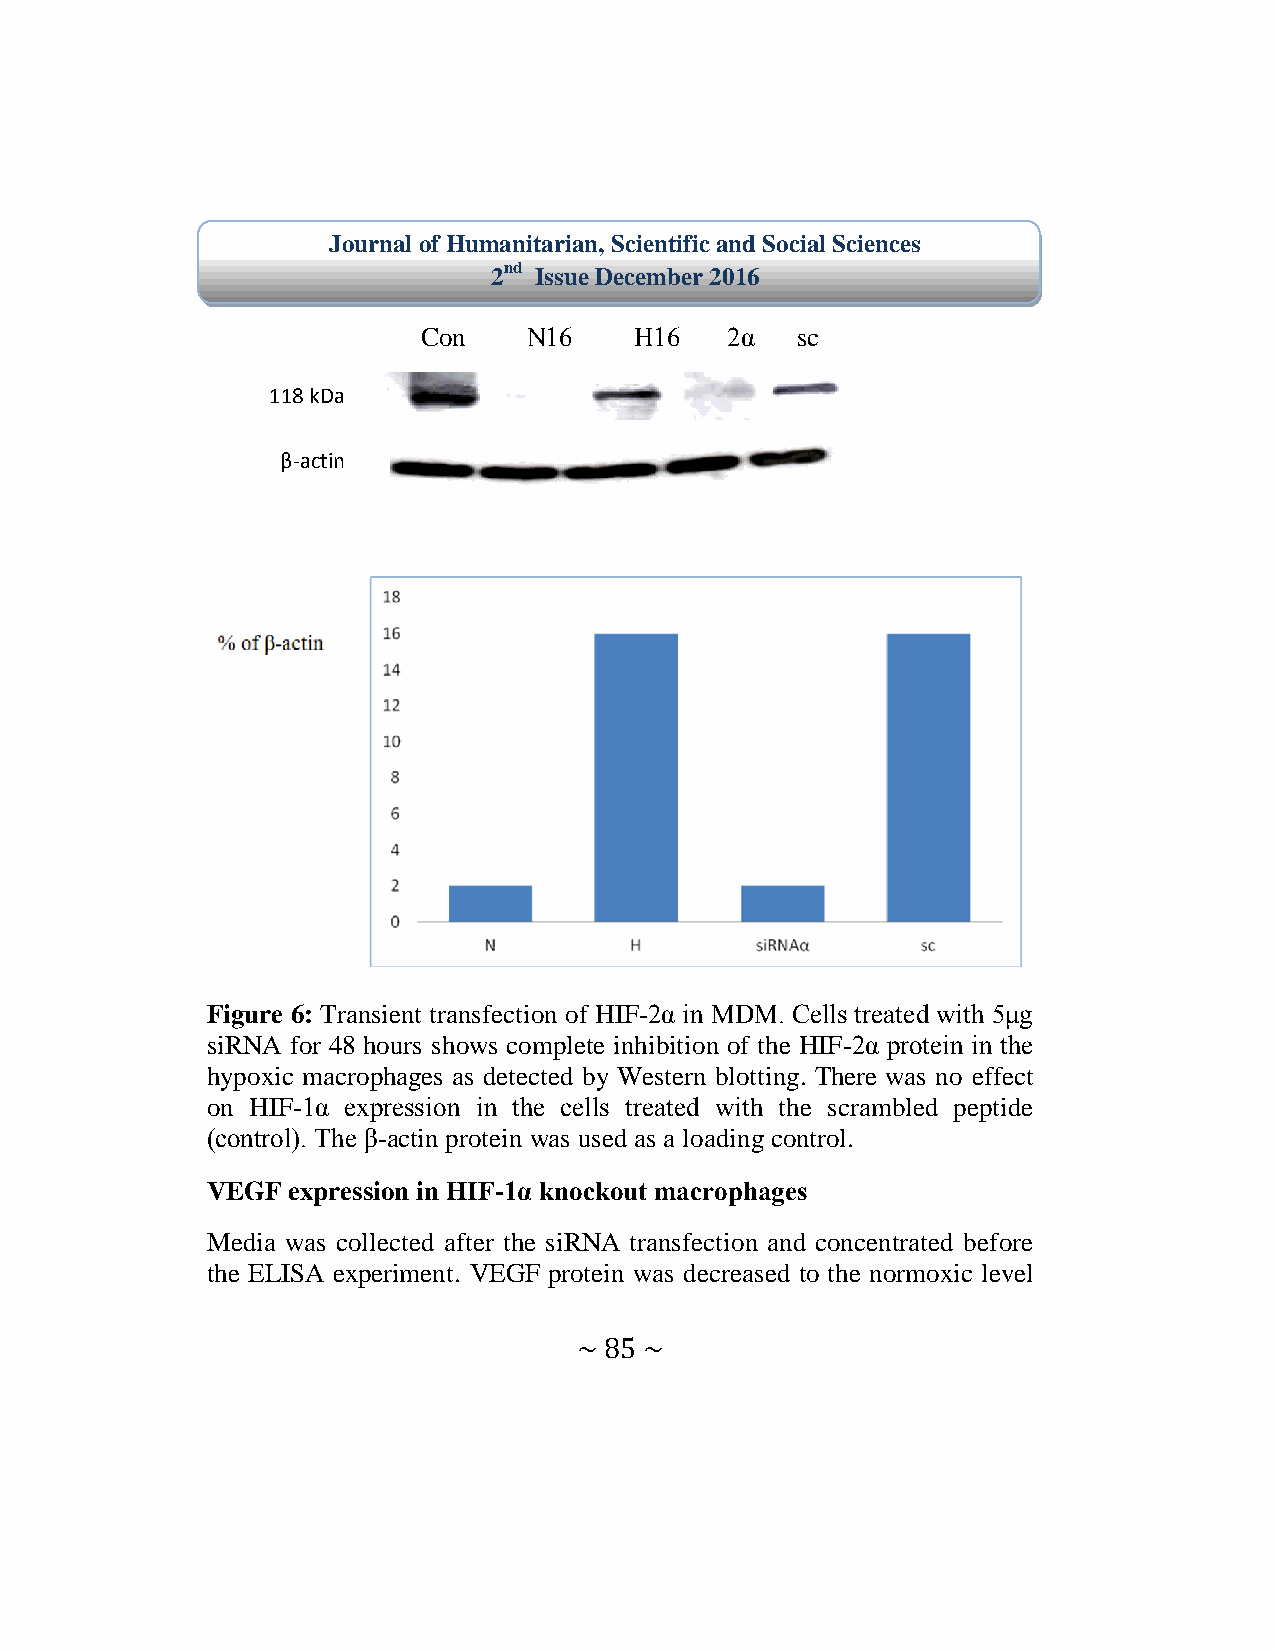
Journal of Humanitarian, Scientific and Social Sciences
 2nd Issue December 2016
 Con    N16    H16   2α   sc
 118 kDa
 β-actin
 Figure 6: Transient transfection of HIF-2α in MDM. Cells treated with 5μg
 siRNA for 48 hours shows complete inhibition of the HIF-2α protein in the
 hypoxic macrophages as detected by Western blotting. There was no effect
 on HIF-1α expression in the cells treated with the scrambled peptide
 (control). The β-actin protein was used as a loading control.
 VEGF expression in HIF-1α knockout macrophages
 Media was collected after the siRNA transfection and concentrated before
 the ELISA experiment. VEGF protein was decreased to the normoxic level
 ~ 85 ~